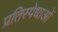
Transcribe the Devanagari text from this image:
प्रतिस्पेधाओं